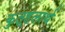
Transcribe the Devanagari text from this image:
कुतूहलार्थ